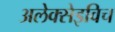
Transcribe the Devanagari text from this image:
अलेक्सेइविच